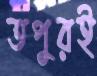
তপুরই